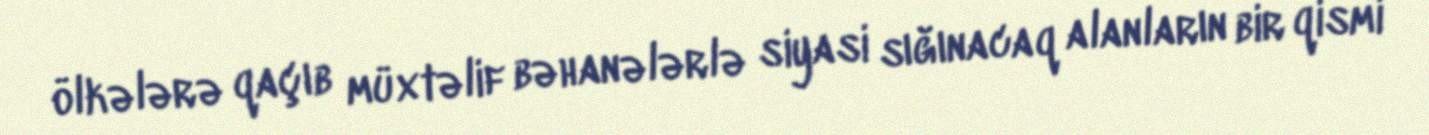
ölkələrə qaçıb müxtəlif bəhanələrlə siyasi sığınacaq alanların bir qismi